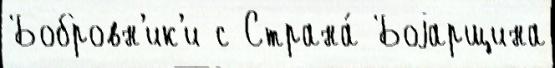
Бобровн'ик'и с Страна́ Боjарщина